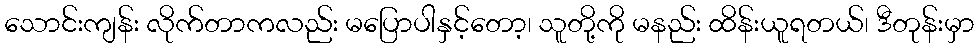
သောင်းကျန်း လိုက်တာကလည်း မပြောပါနှင့်တော့၊ သူတို့ကို မနည်း ထိန်းယူရတယ်၊ ဒီတုန်းမှာ